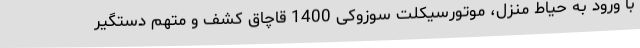
با ورود به حیاط منزل، موتورسیکلت سوزوکی 1400 قاچاق کشف و متهم دستگیر